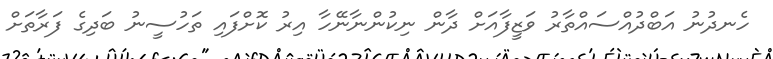
ހެނދުނު އަބްދުއްސައްތާރު ވަޒީފާއަށް ދާން ނިކުންނާނޭހާ އިރު ކޮށްފައި ތަހުސީނު ބަދިގެ ފަރާތަށް